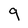
Character: g